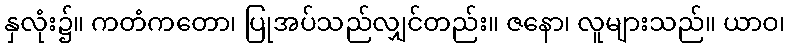
နှလုံး၌။ ကတံကတော၊ ပြုအပ်သည်လျှင်တည်း။ ဇနော၊ လူများသည်။ ယာဝ၊